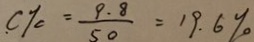
C \% = \frac { 9 . 8 } { 5 0 } = 1 9 . 6 \%